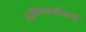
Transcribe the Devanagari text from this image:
ध्वनीपरावर्तनाची